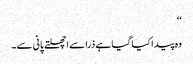
‘‘
وہ پیدا کیا گیا ہے ذرا سے اچھلتے پانی سے۔